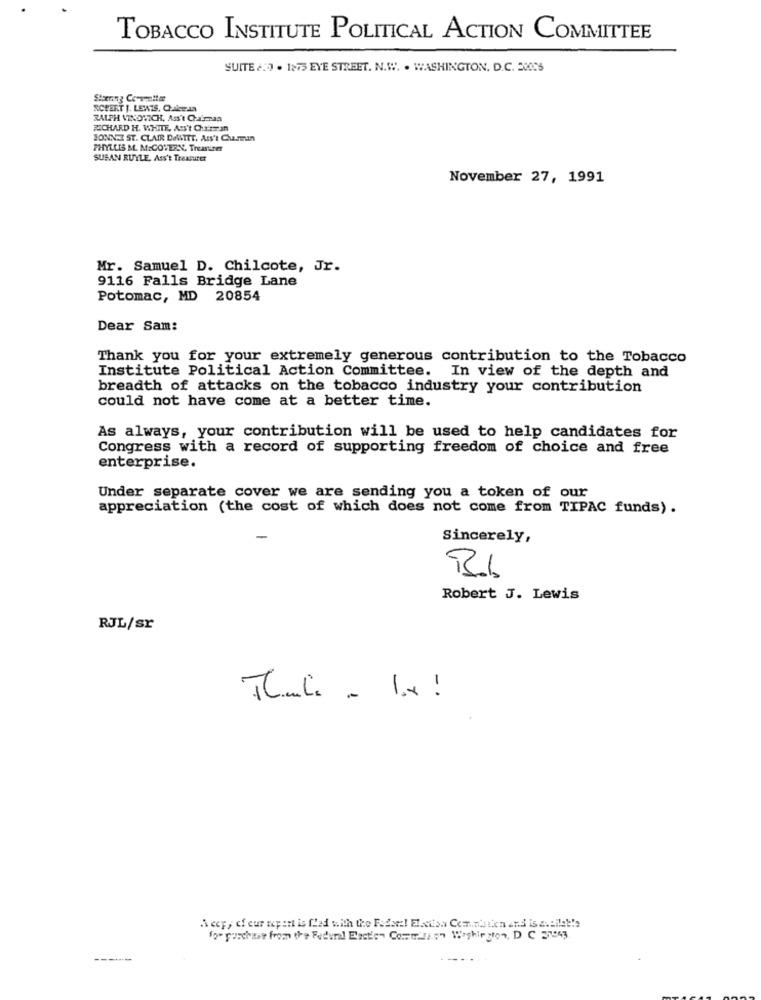
TOBACCO INSTITUTE POLITICAL ACTION COMMITTEE
SUITE &:J . 1875 EYE STREET. N.W. . WASHINGTON, D.C. 20095
Steering Commitee
SCEERT J. LEWIS, Cakean
RALPH VINOVICH, Ass't Chaiman
RICHARD H. WHITE, Ats't Chaman
BONNE ST. CLAIR DelATTT, Ass't Charmun
PHYLLIS M. M:COVERN. Treasurer
SUSAN RUYLE, Ass't Treasurer
November 27, 1991
Mr. Samuel D. Chilcote, Jr.
9116 Falls Bridge Lane
Potomac, MD 20854
Dear Sam:
Thank you for your extremely generous contribution to the Tobacco
Institute Political Action Committee. In view of the depth and
breadth of attacks on the tobacco industry your contribution
could not have come at a better time.
As always, your contribution will be used to help candidates for
Congress with a record of supporting freedom of choice and free
enterprise.
Under separate cover we are sending you a token of our
appreciation (the cost of which does not come from TIPAC funds).
Sincerely,
-
Robert J. Lewis
RJL/sr
Thuli - Ix !
A cey, of eur tepent is flad with the Federe! Etsitsa Cem.natien and isavailet!'s
--..